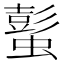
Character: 蟚